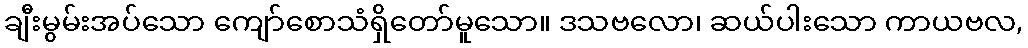
ချီးမွမ်းအပ်သော ကျော်စောသံရှိတော်မူသော။ ဒသဗလော၊ ဆယ်ပါးသော ကာယဗလ,